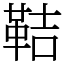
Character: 鞊